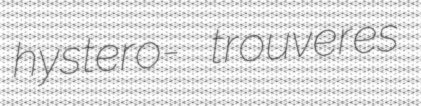
hystero- trouveres